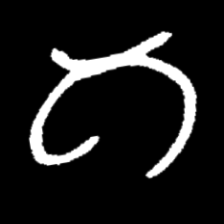
Pyu character \u2014 Myanmar letter: ဂ (romanized: ga)